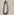
Text: 0